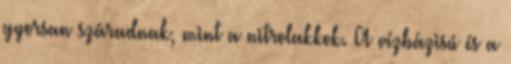
gyorsan száradnak, mint a nitrolakkok. A vízbázisú és a